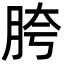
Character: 胯